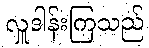
လှူဒါန်းကြသည်